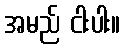
အမည် ငါးပါး။